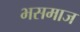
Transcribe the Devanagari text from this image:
भसमाज